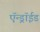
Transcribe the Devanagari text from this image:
ऍन्ड्रॉईड